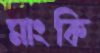
মাংকি